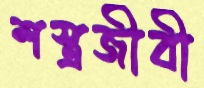
শস্ত্রজীবী